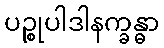
ပဉ္စုပါဒါနက္ခန္ဓာ